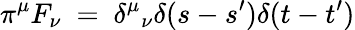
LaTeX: \pi^{\mu}F_{\nu}~=~{\delta^{\mu}}_{\nu}\delta(s-s^{\prime})\delta(t-t^{\prime})